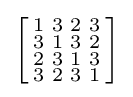
\left[{\begin{smallmatrix}1&3&2&3\\3&1&3&2\\2&3&1&3\\3&2&3&1\end{smallmatrix}}\right]